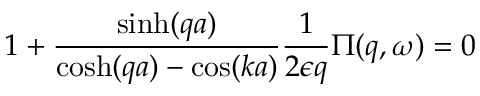
1 + \frac { \sinh ( q a ) } { \cosh ( q a ) - \cos ( k a ) } \frac { 1 } { 2 \epsilon q } \Pi ( q , \omega ) = 0